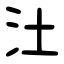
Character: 汢